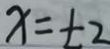
x = \pm 2